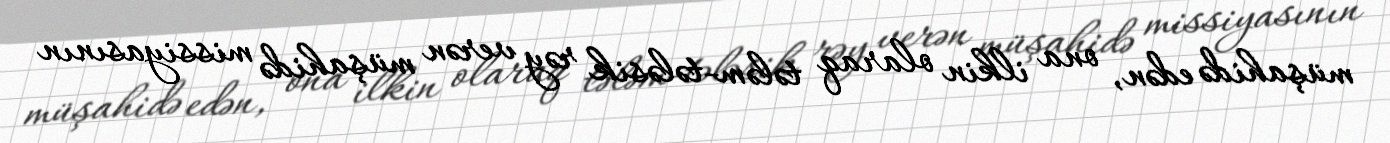
müşahidə edən, ona ilkin olaraq tələm-tələsik rəy verən müşahidə missiyasının